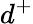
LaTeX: d^{+}